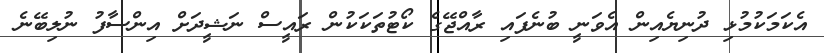
އެކަމަކުމުޅި ދުނިޔެއިން އެވަނީ ބުނެފައި ރާއްޖޭގެ ކޯޓުތަކަކުން ރައީސް ނަޝީދަށް އިންސާފު ނުލިބޭނެ